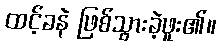
ထင့်ခနဲ ဖြစ်သွားခဲ့ဖူး၏။